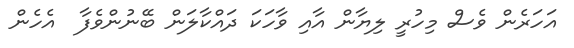
އަހަރެން ވެސް މިހުރީ ލިޔާން އާއި ވާހަކަ ދައްކާލަން ބޭނުންވެފާ  އެހެން